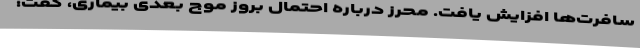
سافرت‌ها افزایش یافت. محرز درباره احتمال بروز موج بعدی بیماری، گفت: